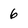
Character: 6